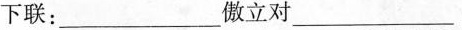
下联：___傲立对___